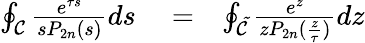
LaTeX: \begin{array}{rlr}{\oint_{\cal C}\frac{e^{\tau s}}{sP_{2n}(s)}ds}&{{}=}&{\oint_{\cal\tilde{C}}\frac{e^{z}}{zP_{2n}(\frac{z}{\tau})}dz}\end{array}